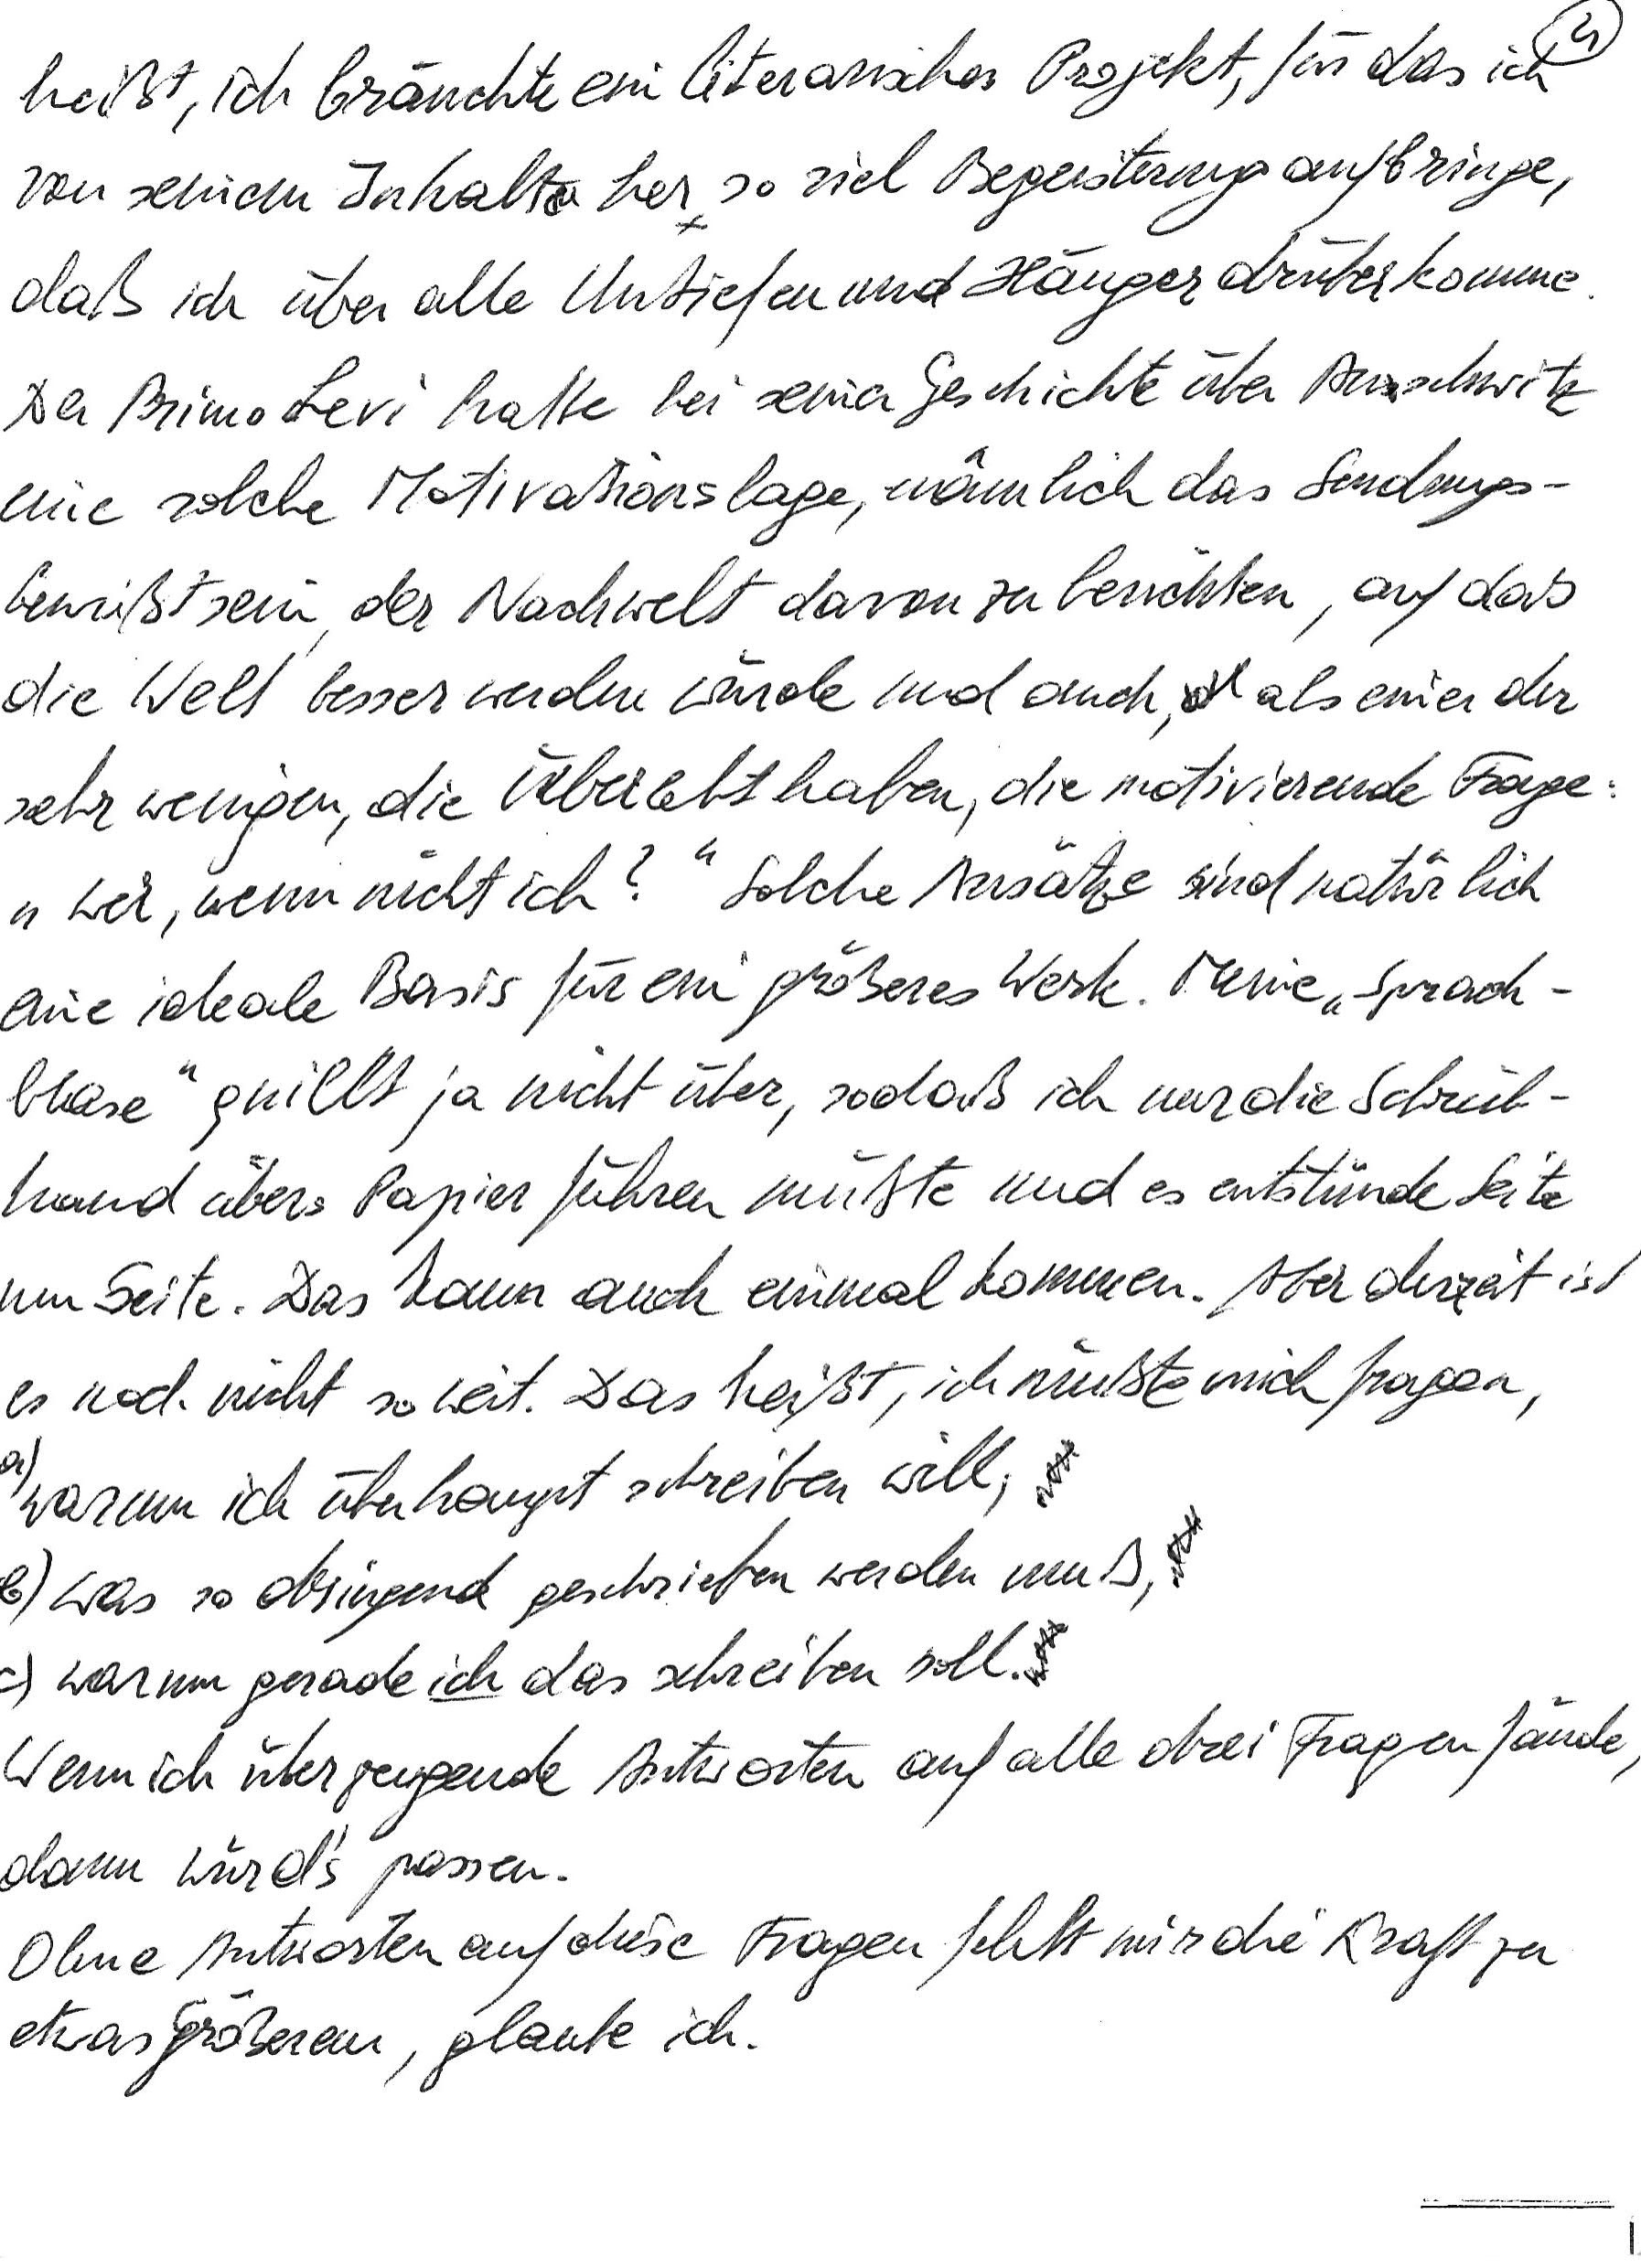
heißt, ich bräuchte ein literarisches Projekt, für das ich
von seinem Inhalt her so viel Begeisterung aufbringe,
daß ich über alle Untiefen und Hänger drüberkomme.
Der Promo Levi hatte bei seiner Geschichte über Auschwitz
eine solche Motivationslage, nämlich das Sendungs-
bewußtsein, der Nachwelt davon zu berichten, auf daß
die Welt besser werden würde und auch, als einer der
sehr wenigen, die überlebt haben, die motivierende Frage:
„Wer, wenn nicht ich?“ Solche Ansätze sind natürlich
eine ideale Basis für ein größeres Werk. Meine „Sprach-
blase“ quillt ja nicht über, sodaß ich nur die Schreib-
hand übers Papier führen müßte und es entstünde Seite
um Seite. Das kann auch einmal kommen. Aber derzeit ist
es noch nicht so weit. Das heißt, ich müßte mich fragen,
a) warum ich überhaupt schreiben will,
b) was so dringend geschrieben werden muß,
c) warum gerade ich das schreiben soll.
Wenn ich überzeugende Antworten auf alle drei Fragen fände,
dann würd’s passen.
Ohne Antworten auf diese Fragen fehlt mir die Kraft zu
etwas Größerem, glaube ich.